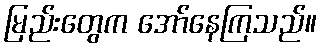
မြည်းတွေက အော်နေကြသည်။